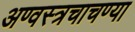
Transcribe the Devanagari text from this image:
अण्वस्त्रचाचण्या